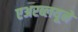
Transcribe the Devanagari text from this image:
एअरब्लयूने